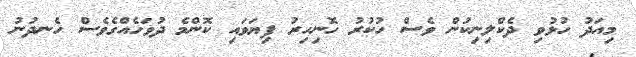
މިއަދު ހުޅުވި ދެކްލިނިކުން ވެސް ހުކުރު ހޮނިހިރު ފިޔަވައި ކޮންމެ ދުވަހެއްގެވެސް ހެނދުނު